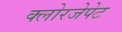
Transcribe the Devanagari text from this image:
क्लोरजेपेट